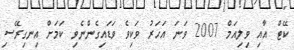
ކޭޓް އާއި ވިލިއަމް 2007 ވަނަ އަހަރު ވަކިވެ ވަޑައިގެންނެވި ކަމަށް އިނގިރޭސި